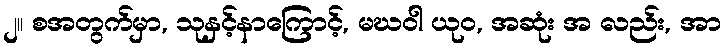
၂။ စအတွက်မှာ, သုနှင့်နာကြောင့်, မဃဝါ ယုဝ, အဆုံး အ လည်း, အာ